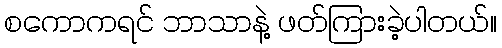
စကောကရင် ဘာသာနဲ့ ဖတ်ကြားခဲ့ပါတယ်။